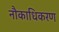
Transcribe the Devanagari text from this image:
नौकाधिकरण